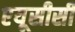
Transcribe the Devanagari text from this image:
एयूसीसी